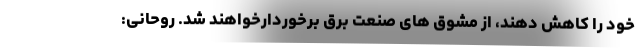
خود را کاهش دهند، از مشوق های صنعت برق برخوردارخواهند شد. روحانی: